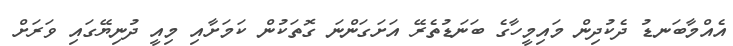
އެއްމާބަނޑު ދެކުދިން މައިމީހާގެ ބަނަޑުތެރޭ އަށަގަންނަ ގޮތަކުން ކަމަށާއި މިއީ ދުނިޔޭގައި ވަރަށް